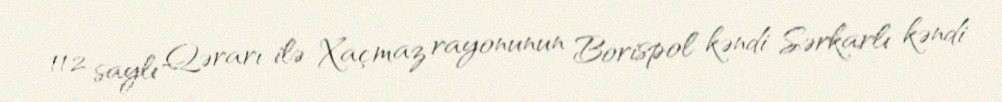
112 saylı Qərarı ilə Xaçmaz rayonunun Borispol kəndi Sərkarlı kəndi